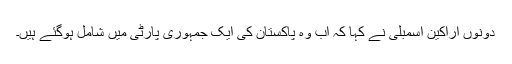
دونوں اراکینِ اسمبلی نے کہا کہ اب وہ پاکستان کی ایک جمہوری پارٹی میں شامل ہوگئے ہیں۔